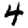
Digit: 4